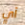
أي